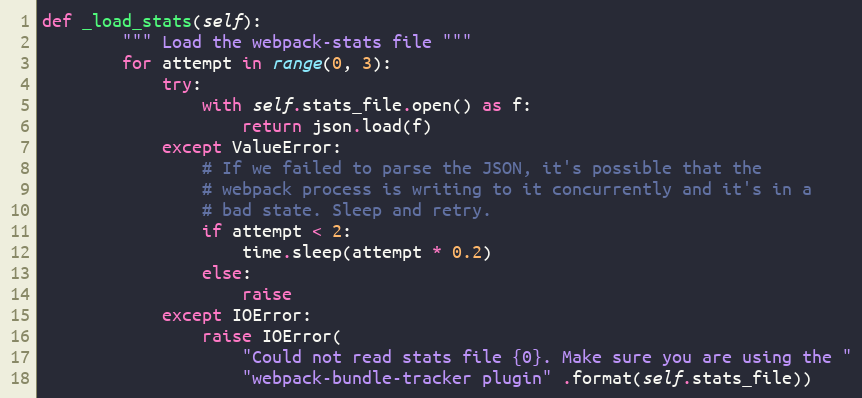
Language: Python
def _load_stats(self):
        """ Load the webpack-stats file """
        for attempt in range(0, 3):
            try:
                with self.stats_file.open() as f:
                    return json.load(f)
            except ValueError:
                # If we failed to parse the JSON, it's possible that the
                # webpack process is writing to it concurrently and it's in a
                # bad state. Sleep and retry.
                if attempt < 2:
                    time.sleep(attempt * 0.2)
                else:
                    raise
            except IOError:
                raise IOError(
                    "Could not read stats file {0}. Make sure you are using the "
                    "webpack-bundle-tracker plugin" .format(self.stats_file))